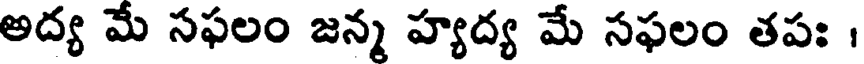
అద్య మే సఫలం జన్మ హ్యద్య మే సఫలం తపః ।